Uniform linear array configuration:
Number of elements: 16
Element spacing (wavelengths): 0.25
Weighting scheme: exponential
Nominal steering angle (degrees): -15
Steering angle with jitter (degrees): -16.269
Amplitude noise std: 0.05
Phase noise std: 0.05

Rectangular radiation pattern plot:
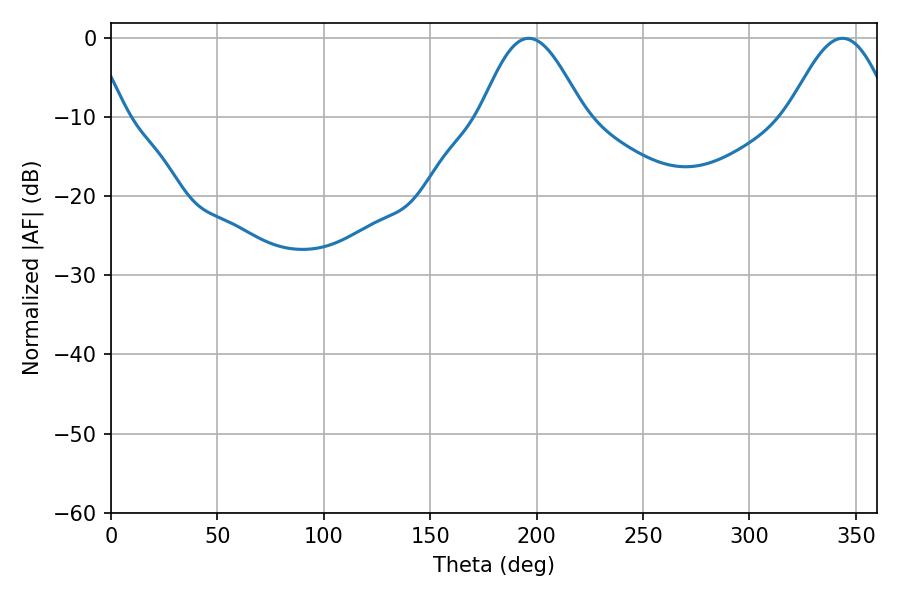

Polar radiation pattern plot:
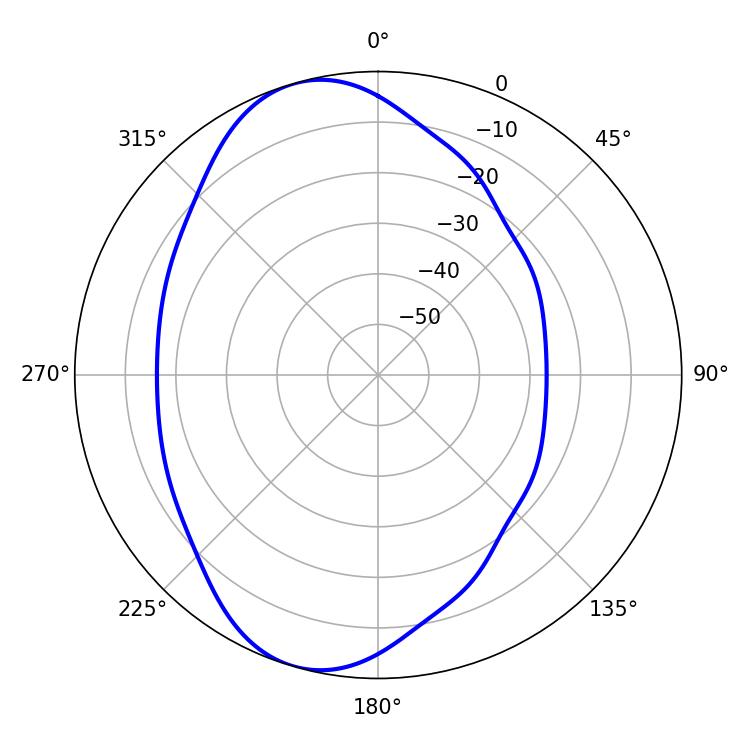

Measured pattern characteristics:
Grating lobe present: FALSE
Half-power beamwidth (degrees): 25.92
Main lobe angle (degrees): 196.2